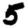
Digit: 5